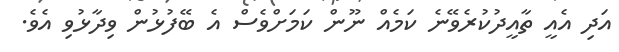
އަދި އެއީ ތާއީދުކުރެވޭނެ ކަމެއް ނޫން ކަމަަށްވެސް އެ ބޭފުޅުން ވިދާޅުވި އެވެ.